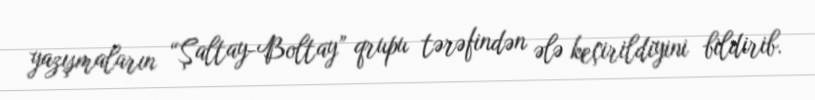
yazışmaların “Şaltay-Boltay” qrupu tərəfindən ələ keçirildiyini bildirib.